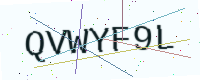
Text: QVWYF9L